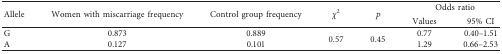
<table><thead><tr><td rowspan="2"><b>Allele</b></td><td rowspan="2"><b>Women with miscarriage frequency</b></td><td rowspan="2"><b>Control group frequency</b></td><td rowspan="2"><b><i>χ</i><sup>2</sup></b></td><td rowspan="2"><b><i>p</i></b></td><td colspan="2"><b>Odds ratio</b></td></tr><tr><td><b>Values</b></td><td><b>95% CI</b></td></tr></thead><tbody><tr><td>G</td><td>0.873</td><td>0.889</td><td rowspan="2">0.57</td><td rowspan="2">0.45</td><td>0.77</td><td>0.40–1.51</td></tr><tr><td>A</td><td>0.127</td><td>0.101</td><td>1.29</td><td>0.66–2.53</td></tr></tbody></table>